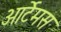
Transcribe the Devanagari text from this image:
आर्टेमस